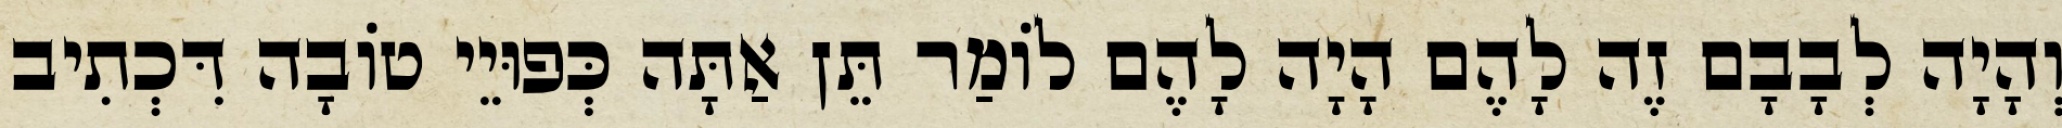
וְהָיָה לְבָבָם זֶה לָהֶם הָיָה לָהֶם לוֹמַר תֵּן אַתָּה כְּפוּיֵי טוֹבָה דִּכְתִיב